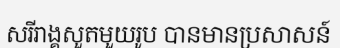
សរីរាង្គសួតមួយរូប បានមានប្រសាសន៍